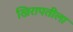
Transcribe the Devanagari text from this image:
खिरापतीला